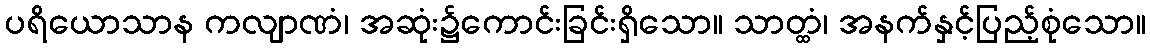
ပရိယောသာန ကလျာဏံ၊ အဆုံး၌ကောင်းခြင်းရှိသော။ သာတ္ထံ၊ အနက်နှင့်ပြည့်စုံသော။